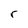
Character: r